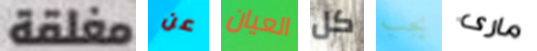
مغلقة عن العيان كل يجب مارى